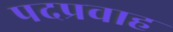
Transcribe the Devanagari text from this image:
पदप्रवाह